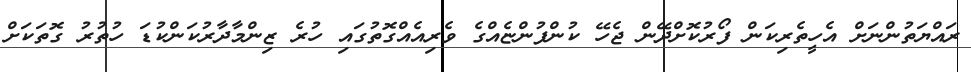
ރައްޔަތުންނަށް އެހީތެރިކަން ފޯރުކޮށްދޭން ޖެހޭ ކުންފުންޏެއްގެ ވެރިއެއްގޮތުގައި ހުރެ ޒިންމާދާރުކަންކުޑަ ހުތުރު ގޮތަކަށް